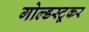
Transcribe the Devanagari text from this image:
गोल्डस्टूकर